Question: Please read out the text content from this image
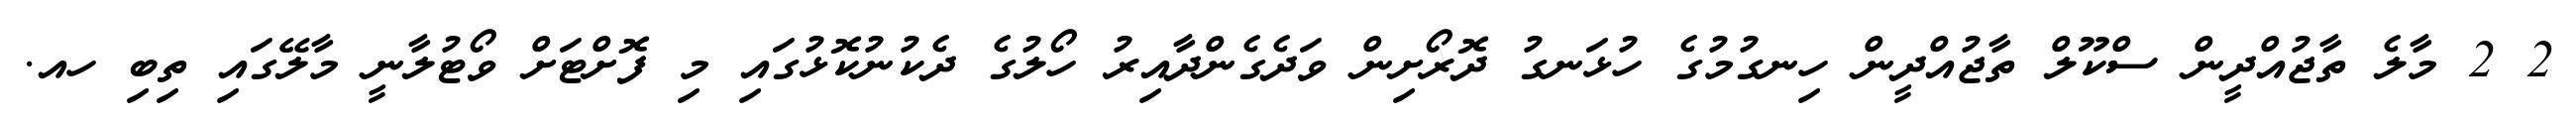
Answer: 2 2 މާލެ ތާޖުއްދީން ސްކޫލް ތާޖުއްދީން ހިނގުމުގެ ހުޅަނގު ދޮރޯށިން ވަދެގެންދާއިރު ހޯލުގެ ދެކުނުކޮޅުގައި މި ފޮށްޓަށް ވޯޓުލާނީ މާލޭގައި ތިބި ހއ.